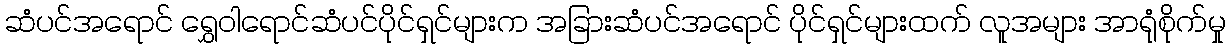
ဆံပင်အရောင် ရွှေဝါရောင်ဆံပင်ပိုင်ရှင်များက အခြားဆံပင်အရောင် ပိုင်ရှင်များထက် လူအများ အာရုံစိုက်မှု